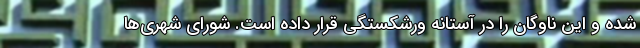
شده و این ناوگان را در آستانه ورشکستگی قرار داده است. شورای شهری‌ها